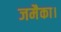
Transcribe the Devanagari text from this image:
जमैका।